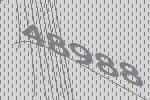
48988